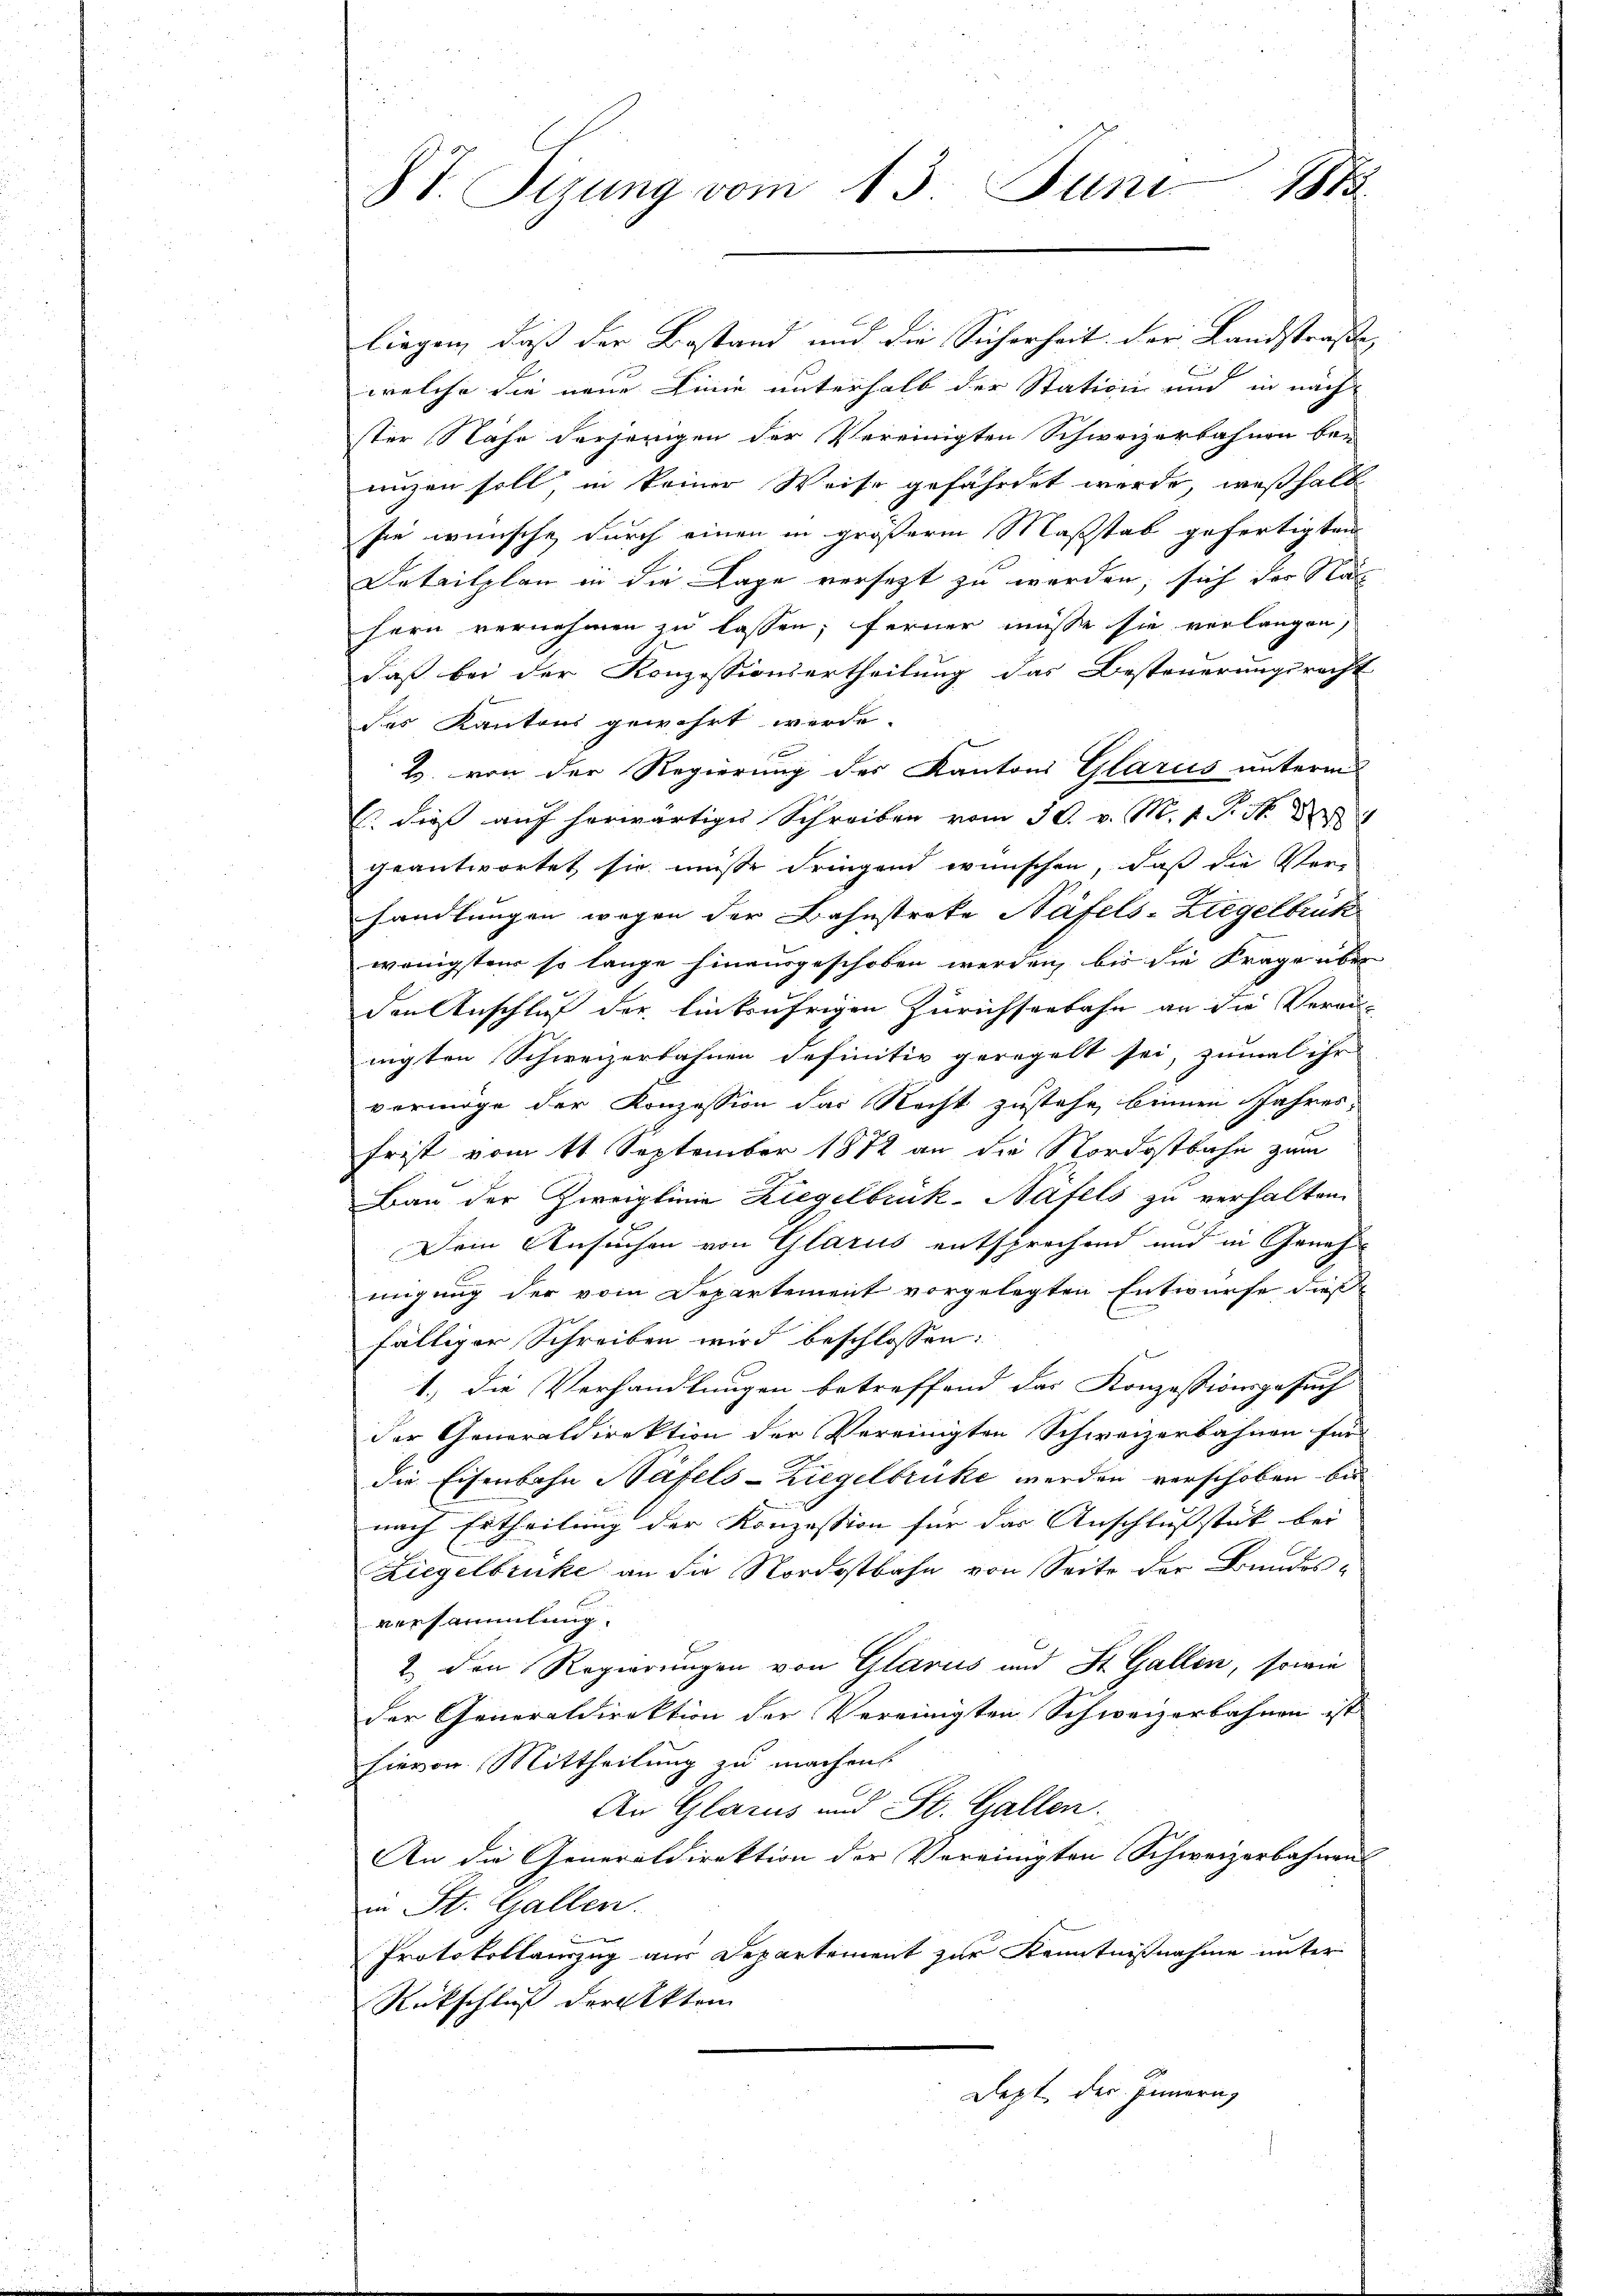
ST. Sizung vom 13. Juni 1883

liegen, daß der Bestand und die Sicherheit der Landstraße,
welche die neue Linie unterhalb der Station und in nach
ster Nähe derjenigen der Vereinigten Schweizerbahnen bei
unzen soll, in keiner Weise gefährtet werde, weßhalb
sie wünsche durch einen in größerm Maßstab gefertigten
Detailplan in die Lage versetzt zu werden, sich der Na
hern vernehmen zu lassen; ferner müsse sie verlangen,
daß bei der Konzessionsertheilung das Besteuerungsrecht
des Kantons gewehrt werde.
H. von der Regierung des Kantons Glarus unterm
Es dieß auf herwärtige Schreiben vom 30. v. M. v. P. N. 8
geantwortet, sie müsse dringend wünschen, daß die Verhandlungen wegen der Bahnstreke Näfels-Ziegelbrück
wenigsten so lange hinausgeschoben werden, bis die Frage über
den Anschluß der Einkaufrigen Zürichseebahn an die Verei-
nigten Schweizerbahnen definitiv geregelt sei, zumal ihr |
vermöge der Konzession das Nacht zustehe, binnen Jahres-
Frist vom 11 September 1872 an die Nordostbahn zum
Bau der Zweiglinie Ziegelbrük-Näfels zu verhalten.
Dein Ansuchen von Glarus entsprechend und in Genehm
migung der vom Departement vorgelegten Entwurfe dießfälliger Schreiben wird beschlossen:
1.) die Verhandlungen betreffend das Konzessionsgesuch
der Generaldirektion der Vereinigten Schweizerbahnen für
die Eisenbahn Täfels-Ziegelbrücke werden verschoben bis
nach Ertheilung der Konzession für das Anschlussstick bei |
Ziegelbrücke an die Nordostbahn von Seite der Bundesversammlung.
2. den Regierungen von Glarus und St. Gallen, sowie
der Generaldirektion der Vereinigten Schweizerbahnen ist
hievon Mittheilung zu machen
An Glarus und St. Gallen.
An die Generaldirektion der Vereinigten Schweizerbahnens
in St. Gallen.
Protokollauszug aus Departement zur Kenntnißnahme unter
Rückschluß der Akten
Dept der Innern,